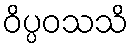
ဝိပ္ပဝသသိ